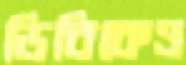
ডিবিকেও